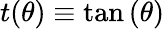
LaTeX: t(\theta)\equiv\tan\left({\theta}\right)